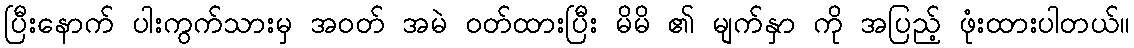
ပြီးနောက် ပါးကွက်သားမှ အဝတ် အမဲ ဝတ်ထားပြီး မိမိ ၏ မျက်နှာ ကို အပြည့် ဖုံးထားပါတယ်။